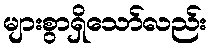
များစွာရှိသော်လည်း